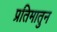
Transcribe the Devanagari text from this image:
प्रतिमातुन